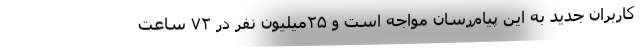
کاربران جدید به این پیام‌رسان مواجه است و ۲۵‌میلیون نفر در ۷۲ ساعت